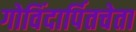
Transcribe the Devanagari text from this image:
गोविंदार्पितचेता